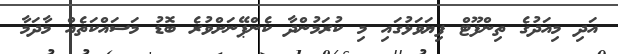
އަދި މިއަދުގެ ތިންފޫޓް ފިޔަވަޅުގައި މި ކުރަމުންދާ ކެންޕޭނަށްވުރެ ބޮޑު މަސައްކަތެއް މާދަމާ